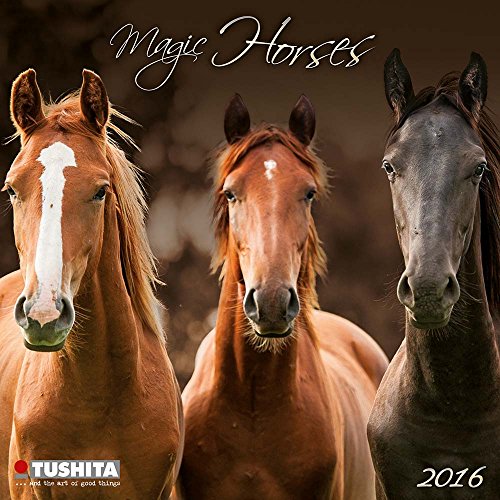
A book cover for Magic Horses (161537) (English, Spanish, French, Italian and German Edition); Tushita; Calendars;